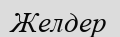
Желдер